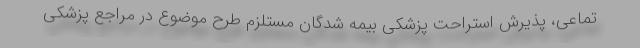
تماعی، پذیرش استراحت پزشکی بیمه شدگان مستلزم طرح موضوع در مراجع پزشکی